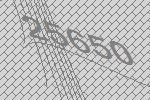
25650